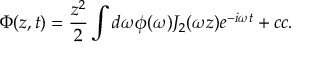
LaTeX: \Phi ( z , t ) = { \frac { z ^ { 2 } } { 2 } } \int { d \omega \phi ( \omega ) J _ { 2 } ( \omega z ) e ^ { - i \omega t } } + c c .